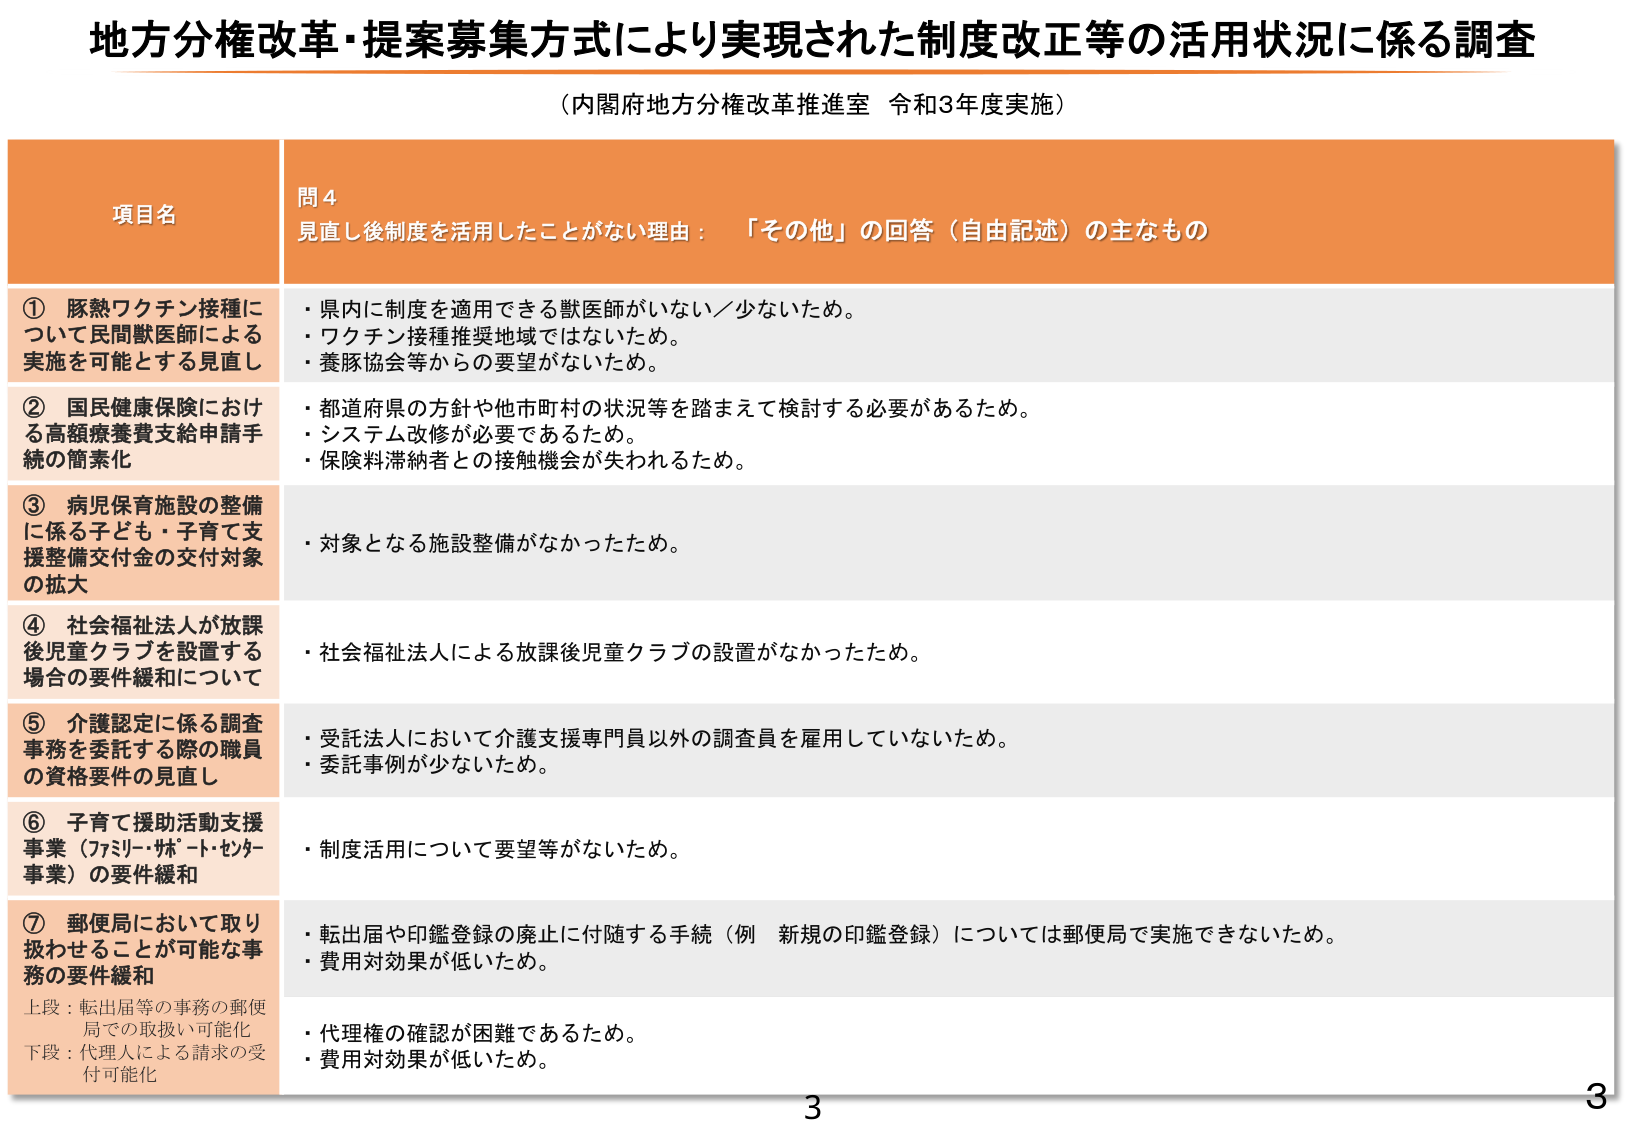
地方分権改革・提案募集方式により実現された制度改正等の活用状況に係る調査
（内閣府地方分権改革推進室 令和3年度実施）

項目名
問4
見直し後制度を活用したことがない理由：「その他」の回答（自由記述）の主なもの

① 豚熱ワクチン接種について民間獣医師による実施を可能とする見直し
・県内に制度を適用できる獣医師がいない／少ないため。
・ワクチン接種推奨地域ではないため。
・養豚協会等からの要望がないため。

② 国民健康保険における高額療養費支給申請手続の簡素化
・都道府県の方針や他市町村の状況等を踏まえて検討する必要があるため。
・システム改修が必要であるため。
・保険料滞納者との接触機会が失われるため。

③ 病児保育施設の整備に係る子ども・子育て支援整備交付金の交付対象の拡大
・対象となる施設整備がなかったため。

④ 社会福祉法人が放課後児童クラブを設置する場合の要件緩和について
・社会福祉法人による放課後児童クラブの設置がなかったため。

⑤ 介護認定に係る調査事務を委託する際の職員の資格要件の見直し
・受託法人において介護支援専門員以外の調査員を雇用していないため。
・委託事例が少ないため。

⑥ 子育て援助活動支援事業（75リーフ・サポート・センター事業）の要件緩和
・制度活用について要望等がないため。

⑦ 郵便局において取り扱わせることが可能な事務の要件緩和
上段：転出届等の事務の郵便局での取扱い可能化
下段：代理人による請求の受付可能化
・転出届や印鑑登録の廃止に付随する手続（例 新規の印鑑登録）については郵便局で実施できないため。
・費用対効果が低いため。
・代理権の確認が困難であるため。
・費用対効果が低いため。

3